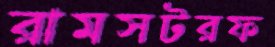
রামসটরফ